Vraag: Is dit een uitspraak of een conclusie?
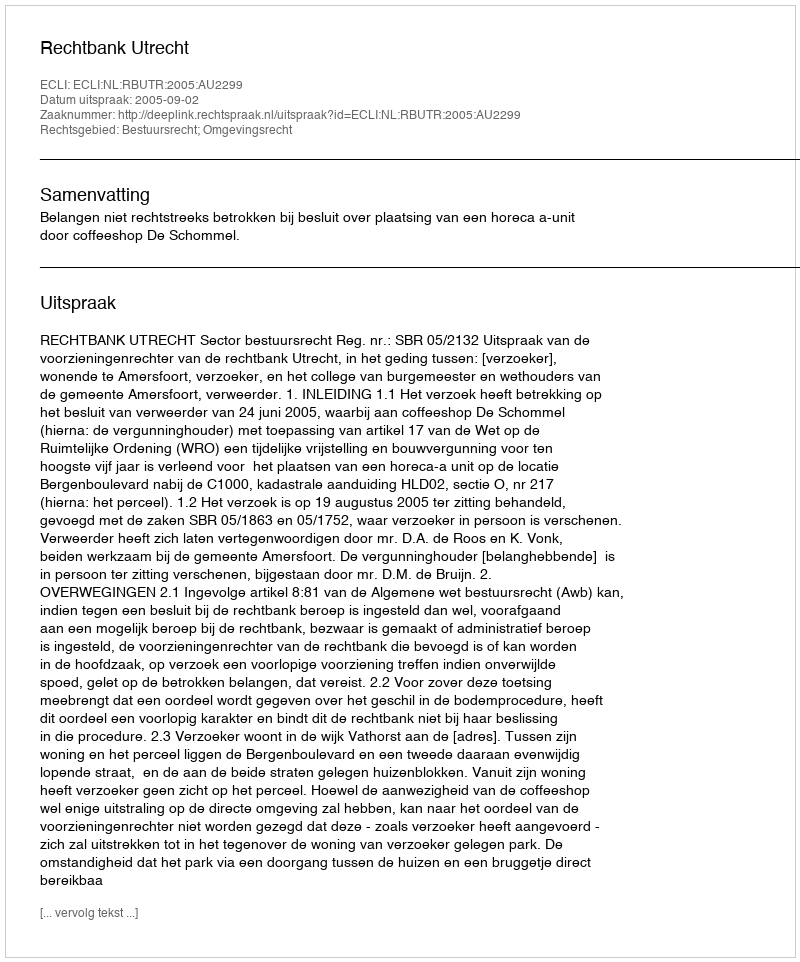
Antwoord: Uitspraak